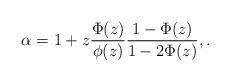
LaTeX: \begin{align*}\alpha=1+z\frac{\Phi(z)}{\phi(z)} \frac{1-\Phi(z)}{1-2\Phi(z)},.\end{align*}